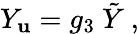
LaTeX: Y_{\mathbf{u}}=g_{3}\ \tilde{{Y}}\ ,